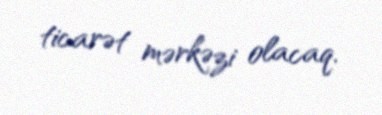
ticarət mərkəzi olacaq.